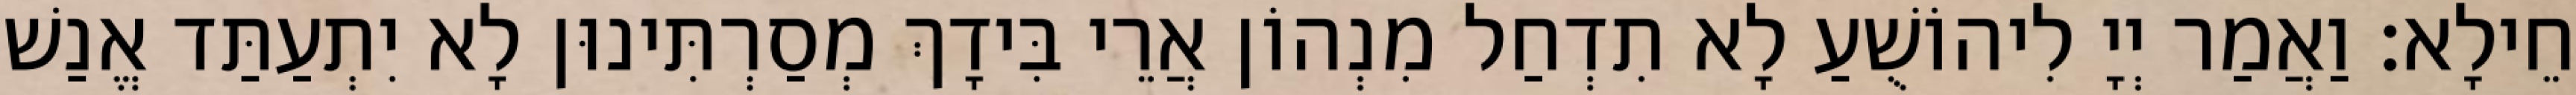
חֵילָא׃ וַאֲמַר יְיָ לִיהוֹשֻׁעַ לָא תִדְחַל מִנְהוֹן אֲרֵי בִּידָךְ מְסַרְתִּינוּן לָא יִתְעַתַּד אֱנַשׁ